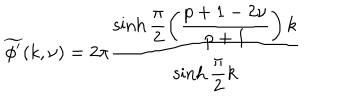
\widetilde { \phi ^ { \prime } } ( k , \nu ) = 2 \pi \displaystyle \frac { \sinh \displaystyle \frac { \pi } { 2 } \left( \displaystyle \frac { p + 1 - 2 \nu } { p + 1 } \right) k } { \sinh \displaystyle \frac { \pi } { 2 } k }